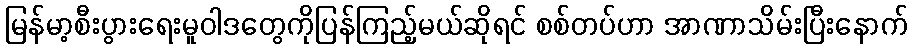
မြန်မာ့စီးပွားရေးမူဝါဒတွေကိုပြန်ကြည့်မယ်ဆိုရင် စစ်တပ်ဟာ အာဏာသိမ်းပြီးနောက်